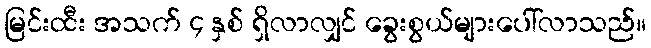
မြင်းထီး အသက် ၄ နှစ် ရှိလာလျှင် ခွေးစွယ်များပေါ်လာသည်။